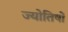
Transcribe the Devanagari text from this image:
ज्योतिषों